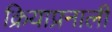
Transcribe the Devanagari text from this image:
क्रियाप्रनाली